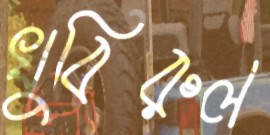
খুবিরুল